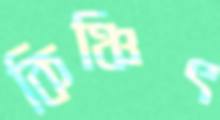
কিঞ্চিৎ